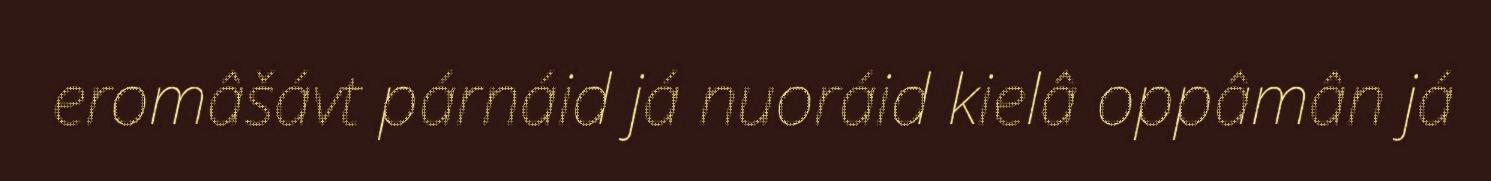
eromâšávt párnáid já nuoráid kielâ oppâmân já